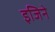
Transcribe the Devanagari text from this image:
इजिने